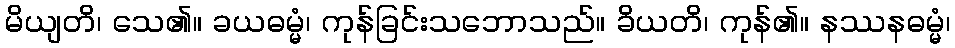
မိယျတိ၊ သေ၏။ ခယဓမ္မံ၊ ကုန်ခြင်းသဘောသည်။ ခိယတိ၊ ကုန်၏။ နဿနဓမ္မံ၊